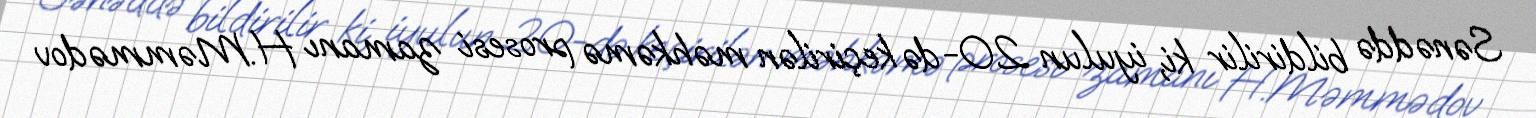
Sənəddə bildirilir ki, iyulun 20-də keçirilən məhkəmə prosesi zamanı H.Məmmədov